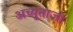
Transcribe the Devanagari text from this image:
अच्युताजी